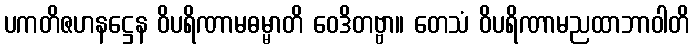
ပကတိဇဟနဋ္ဌေန ဝိပရိဏာမဓမ္မာတိ ဝေဒိတဗ္ဗာ။ တေသံ ဝိပရိဏာမညထာဘာဝါတိ